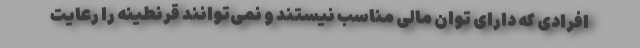
افرادی که دارای توان مالی مناسب نیستند و نمی‌توانند قرنطینه را رعایت